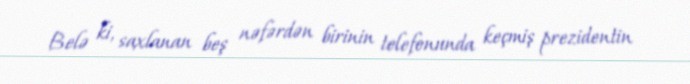
Belə ki, saxlanan beş nəfərdən birinin telefonunda keçmiş prezidentin